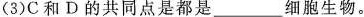
(3)C和D的共同点是都是___细胞生物。